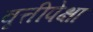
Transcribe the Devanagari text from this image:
वृत्तीपेक्षा